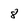
Character: 8